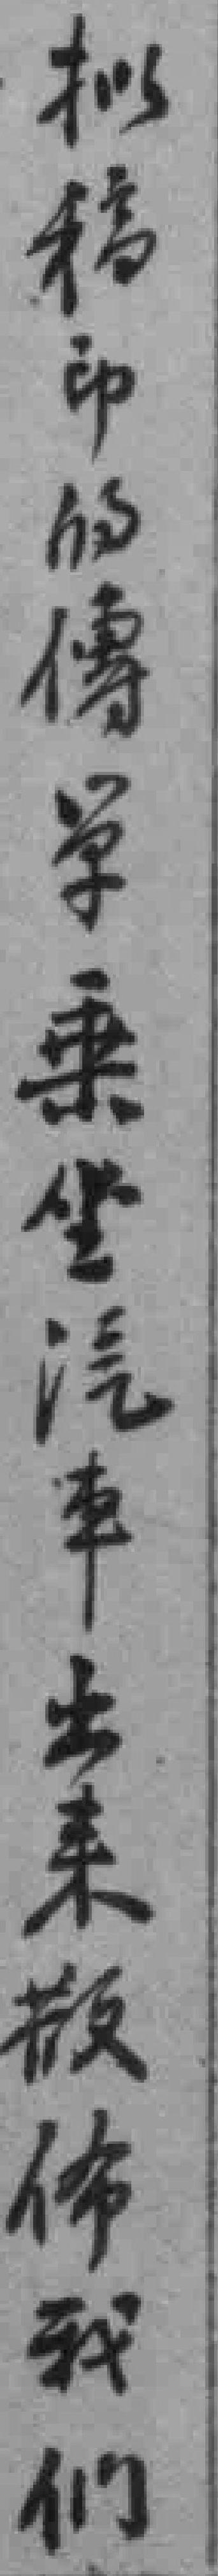
拟稿印的傳单乘坐汽車出来散佈我们